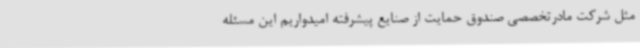
مثل شرکت مادرتخصصی صندوق حمایت از صنایع پیشرفته امیدواریم این مسئله